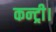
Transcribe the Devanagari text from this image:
कन्ट्री।